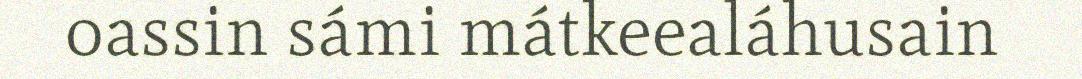
oassin sámi mátkeealáhusain